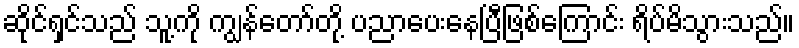
ဆိုင်ရှင်သည် သူ့ကို ကျွန်တော်တို့ ပညာပေးနေပြီဖြစ်ကြောင်း ရိပ်မိသွားသည်။